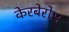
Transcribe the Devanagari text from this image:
केरबेरोस